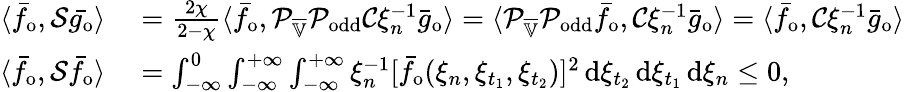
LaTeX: \begin{array}{rl}{\langle\bar{f}_{\mathrm{o}},\mathcal{S}\bar{g_{\mathrm{o}}}\rangle}&{{}=\frac{2\chi}{2-\chi}\langle\bar{f}_{\mathrm{o}},\mathcal{P}_{\overline{{\mathbb{V}}}}\mathcal{P}_{\mathrm{odd}}\mathcal{C}\xi_{n}^{-1}\bar{g}_{\mathrm{o}}\rangle=\langle\mathcal{P}_{\overline{{\mathbb{V}}}}\mathcal{P}_{\mathrm{odd}}\bar{f}_{\mathrm{o}},\mathcal{C}\xi_{n}^{-1}\bar{g}_{\mathrm{o}}\rangle=\langle\bar{f}_{\mathrm{o}},\mathcal{C}\xi_{n}^{-1}\bar{g}_{\mathrm{o}}\rangle}\\ {\langle\bar{f}_{\mathrm{o}},\mathcal{S}\bar{f}_{\mathrm{o}}\rangle}&{{}=\int_{-\infty}^{0}\int_{-\infty}^{+\infty}\int_{-\infty}^{+\infty}\xi_{n}^{-1}[\bar{f}_{\mathrm{o}}(\xi_{n},\xi_{t_{1}},\xi_{t_{2}})]^{2}\, \mathrm{d}\xi_{t_{2}}\, \mathrm{d}\xi_{t_{1}}\, \mathrm{d}\xi_{n}\leq 0,}\end{array}